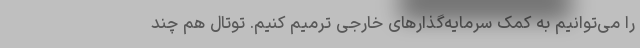
را می‌توانیم به کمک سرمایه‌گذارهای خارجی ترمیم کنیم. توتال هم چند